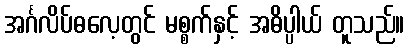
အင်္ဂလိပ်ဓလေ့တွင် မစ္စက်နှင့် အဓိပ္ပါယ် တူသည်။